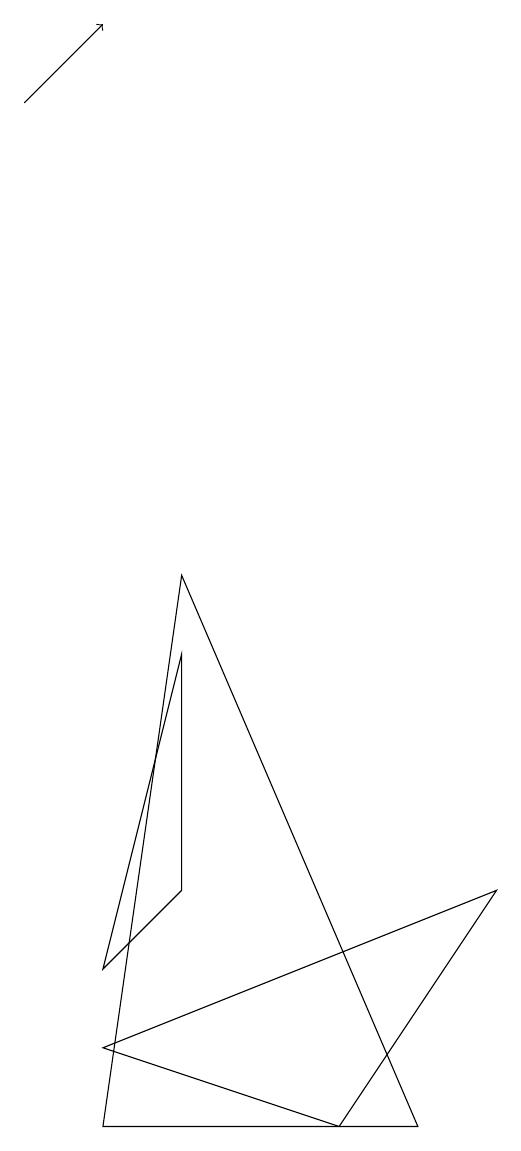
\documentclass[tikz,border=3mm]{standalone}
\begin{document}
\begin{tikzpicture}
\draw (2,8) -- (1,1) -- (5,1) -- cycle;
\draw (1,3) -- (2,7) -- (2,4) -- cycle;
\draw (4,1) -- (6,4) -- (1,2) -- cycle;
\draw[->] (0,14) -- (1,15);
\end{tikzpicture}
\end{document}